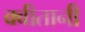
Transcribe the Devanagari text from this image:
क्वीतानी